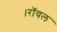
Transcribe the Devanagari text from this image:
।रॉयल